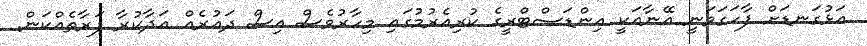
އަޅުގަނޑަށް ފާހަގަވަނީ އޭނާއަކީ އިންޑަސްޓްރީގެ ކުރިއެރުމުގައި މިހާރުވެސް އިސް ދައުރެއް އަދާކުރާ ފަރާތެއްކަން.